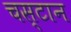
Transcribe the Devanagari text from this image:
चस्टान